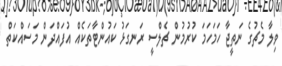
ވިލާ މެޗުގެ ނަތީޖާ ހަމަހަމަ ކުރުމުން ޗެލްސީ ރަނގަޅު ކައުންޓާތަކެއް އުފައްދަން މަސައްކަތް